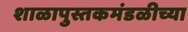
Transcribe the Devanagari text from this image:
शाळापुस्तकमंडळीच्या